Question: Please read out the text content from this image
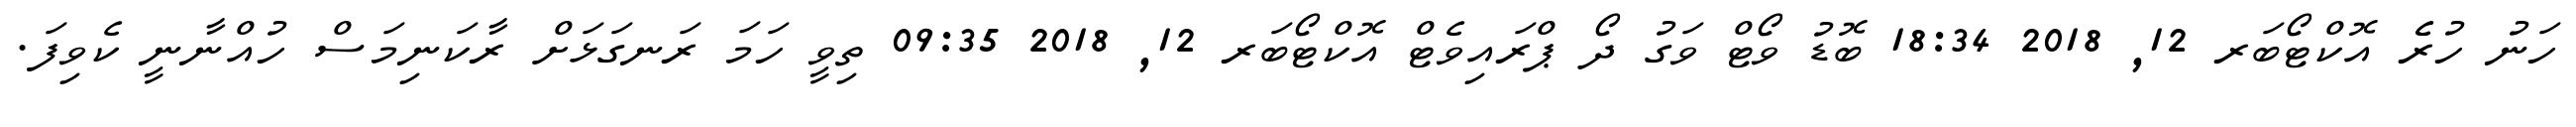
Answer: ހަނު ހުރެެ އޮކްޓޯބަރ 12, 2018 18:34 ބޮޑު ވޯޓް ވަގު ދޯ ޕްރައިވެޓް އޮކްޓޯބަރ 12, 2018 09:35 ތިވީ ހަމަ ރަނގަޅަށް ރާކަނިމަސް ހުއްނާނީ ކެވިފަ.